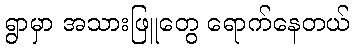
ရွာမှာ အသားဖြူတွေ ရောက်နေတယ်